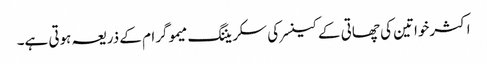
اکثرخواتین کی چھاتی کے کینسرکی سکریننگ میموگرام کے ذریعہ ہوتی ہے۔